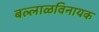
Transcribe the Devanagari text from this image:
बल्लाळविनायक